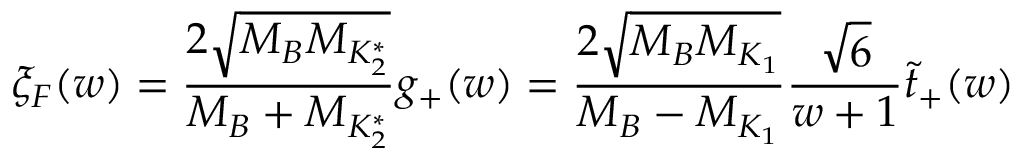
\xi _ { F } ( w ) = \frac { 2 \sqrt { M _ { B } M _ { K _ { 2 } ^ { * } } } } { M _ { B } + M _ { K _ { 2 } ^ { * } } } g _ { + } ( w ) = \frac { 2 \sqrt { M _ { B } M _ { K _ { 1 } } } } { M _ { B } - M _ { K _ { 1 } } } \frac { \sqrt { 6 } } { w + 1 } \tilde { t } _ { + } ( w )